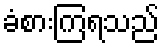
ခံစားကြရသည်